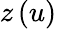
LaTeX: z\left(u\right)